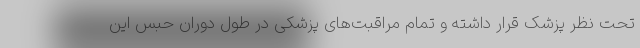
تحت نظر پزشک قرار داشته و تمام مراقبت‌های پزشکی در طول دوران حبس این